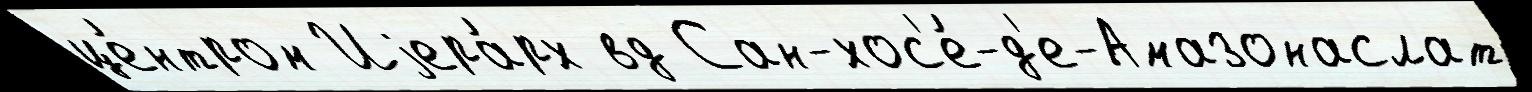
це́нтром Иjера́рх вд Сан-хос'е́-д'е-Амазонаслат